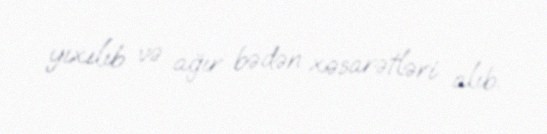
yıxılıb və ağır bədən xəsarətləri alıb.